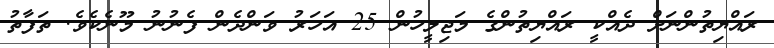
ރައްޔިތުންނަށް ދެއްކީ ރައްޔިތުންގެ މަޖިލީހުން 25 އަހަރު ވަންދެން ފެނުނު މޫނެކެވެ. ތަފާތު